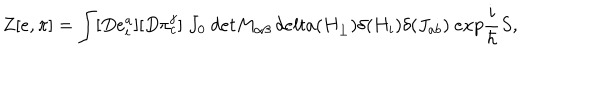
LaTeX: Z [ e , \pi ] = \int [ D e _ { i } ^ { a } ] [ D \pi _ { c } ^ { j } ] \ J _ { 0 } \ d e t M _ { \alpha \beta } \, d e l t a ( H _ { \perp } ) \delta ( H _ { i } ) \delta ( J _ { a b } ) \ e x p \frac { i } { \hbar } S ,